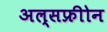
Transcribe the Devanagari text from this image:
अल्सफ्रीोन